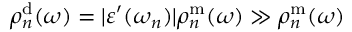
\rho _ { n } ^ { \mathrm { d } } ( \omega ) = | \varepsilon ^ { \prime } ( \omega _ { n } ) | \rho _ { n } ^ { \mathrm { m } } ( \omega ) \gg \rho _ { n } ^ { \mathrm { m } } ( \omega )